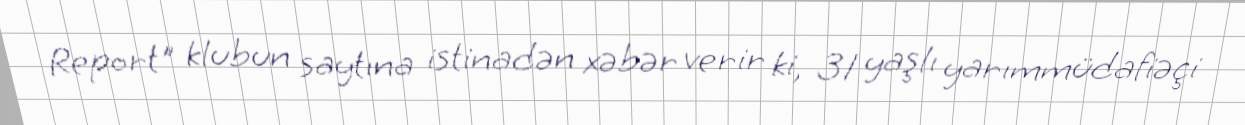
Report" klubun saytına istinadən xəbər verir ki, 31 yaşlı yarımmüdafiəçi